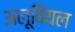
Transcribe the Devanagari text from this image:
अलूवियल